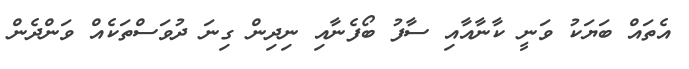
އެތައް ބަޔަކު ވަނީ ކާނާއާއި ސާފު ބޯފެނާއި ނިދިން ގިނަ ދުވަސްތަކެއް ވަންދެން